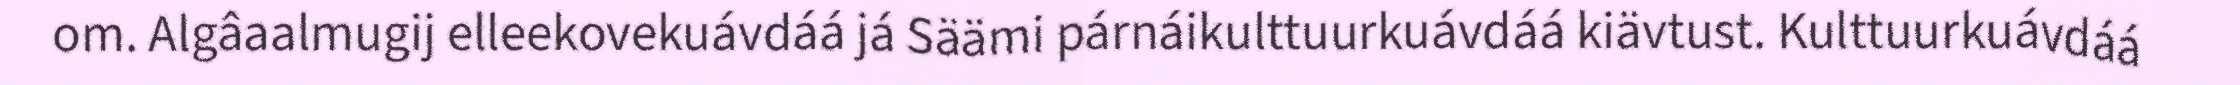
om. Algâaalmugij elleekovekuávdáá já Säämi párnáikulttuurkuávdáá kiävtust. Kulttuurkuávdáá